system: You are a helpful assistant.
user:
Analyze the provided spectrum to determine if it is a **Carbon Star (C-type)**.

- **Key Visual Indicators of Carbon Star:**
    - **(Primary):** Strong molecular absorption from **C₂ (diatomic carbon) "Swan Bands."** This is the **defining feature** of a carbon star.
        - **(Key Bandheads):** Sharp absorption edges are visible at approximately $5635$ Å, $5165$ Å (the strongest band), and $4737$ Å.
        - **(Line Profile):** Creates a distinct **"saw-tooth"** pattern. The key morphology is a sharp, steep bandhead on the **red (long-wavelength) side**, which then gradually tapers off (i.e., flux recovers) towards the **blue (short-wavelength) side**. *(This is the direct opposite of the TiO bands seen in M-type stars)*.

    - **(Secondary):** Intense **CN (cyanogen)** molecular absorption bands.
        - **(Key Bandheads):** Located in the blue and violet regions of the spectrum (e.g., near $4215$ Å and $3883$ Å).
        - **(Morphology):** These bands are extremely broad and act as a "blanket," absorbing the vast majority of blue and violet light. This creates a characteristic **"cliff"** or **"steep drop-off"** in the spectrum's flux at short wavelengths.

    - **(Key Confirmation):** Strong **CH absorption band (G-band)**.
        - **(Key Bandhead):** Located around $4300$ Å. The contribution from CH molecules to this band is exceptionally strong.

    - **(Overall Spectrum):**
        - The continuum is severely "chopped up" by these deep molecular bands, especially C₂, rather than appearing as a smooth curve.
        - Due to the heavy CN and C₂ absorption in the blue-green, the vast majority of the star's flux is concentrated in the red part of the spectrum, giving the star its characteristic deep red color.

Think first, call **spectral_visualization_tool** if needed to examine features in detail, then provide your final answer. Your response must adhere to the following strict rules:
1.  **Overall Structure:** Your response must follow the format `<think>...</think> <tool_call>...</tool_call> (if a tool is used) <answer>...</answer>`.
2.  **Tool Usage Constraint:** You may only make **one** tool call per turn.
3.  **Final Answer Format:** In the `<answer>` tag, your conclusion must be inside a `\boxed{}` command (e.g., `\boxed{YES}`), followed by your justification.

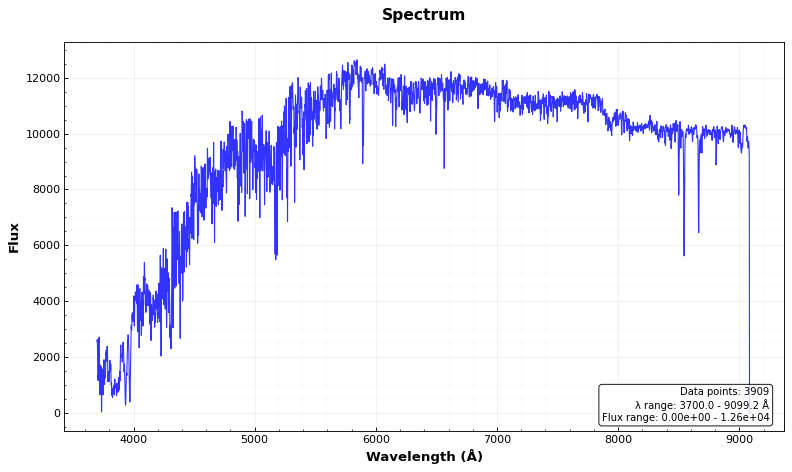
Answer: NO